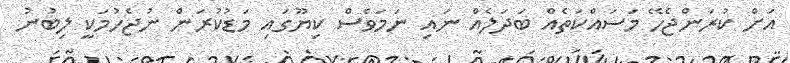
އަށް ކުރަންޖެހޭ މަސައްކަތެއް ބަދަލެއް ނައި ނަމަވެސް ކިޔޫގައި މަޑުކުރަން ނުޖެހުމަކީ ލިބުނު